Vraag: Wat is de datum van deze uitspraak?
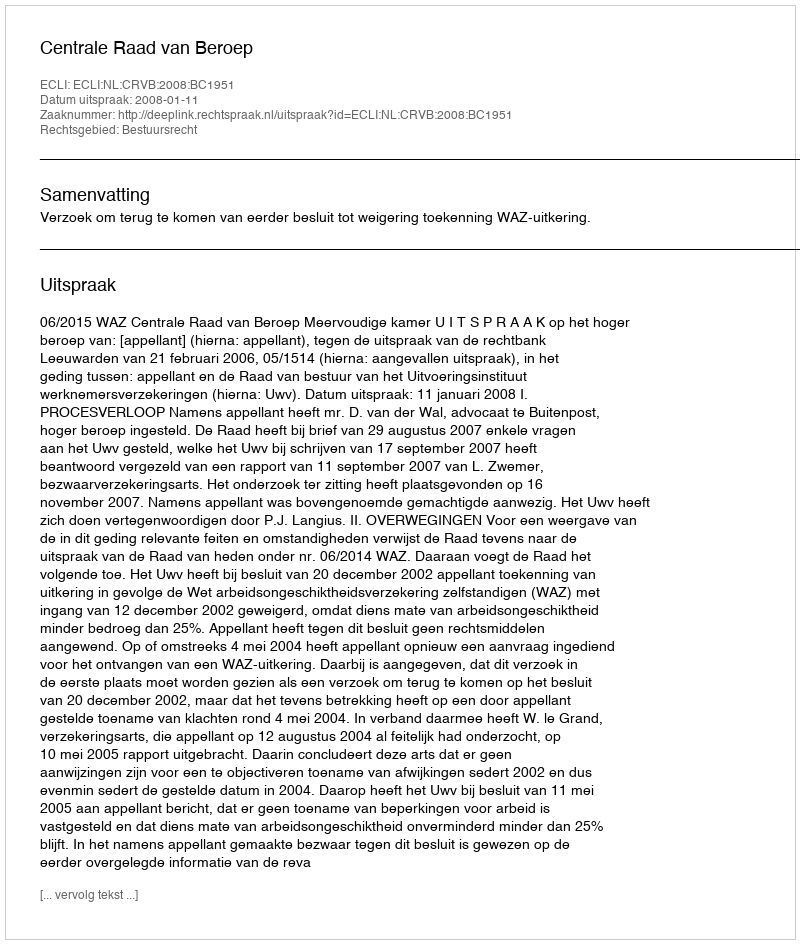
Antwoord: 2008-01-11